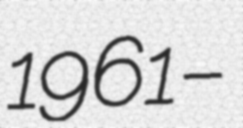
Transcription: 1961 –